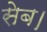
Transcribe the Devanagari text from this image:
सेब।